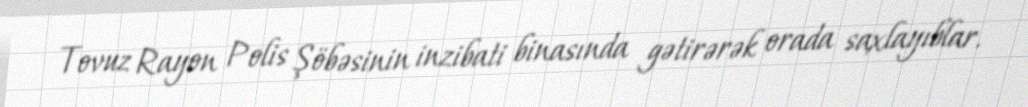
Tovuz Rayon Polis Şöbəsinin inzibati binasında gətirərək orada saxlayıblar.